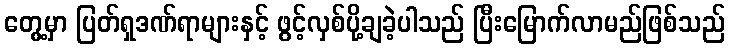
တွေ့မှာ ပြတ်ရှဒဏ်ရာများနှင့် ဖွင့်လှစ်ပို့ချခဲ့ပါသည် ပြီးမြောက်လာမည်ဖြစ်သည်